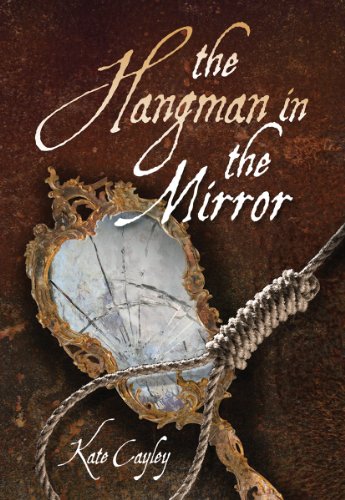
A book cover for The Hangman in the Mirror; Kate Cayley; Teen & Young Adult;